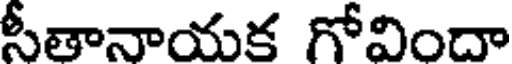
సీతానాయక గోవిందా